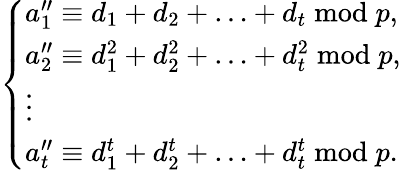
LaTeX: \left\{ \begin{array}{ll}{a_{1}^{\prime\prime}\equiv d_{1}+d_{2}+\dotsc+d_{t}\bmod p,}\\ {a_{2}^{\prime\prime}\equiv d_{1}^{2}+d_{2}^{2}+\dotsc+d_{t}^{2}\bmod p,}\\ {\vdots}\\ {a_{t}^{\prime\prime}\equiv d_{1}^{t}+d_{2}^{t}+\dotsc+d_{t}^{t}\bmod p.}\end{array}\right.